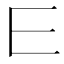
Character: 𰀄